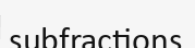
subfractions